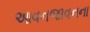
આવનજાવનના